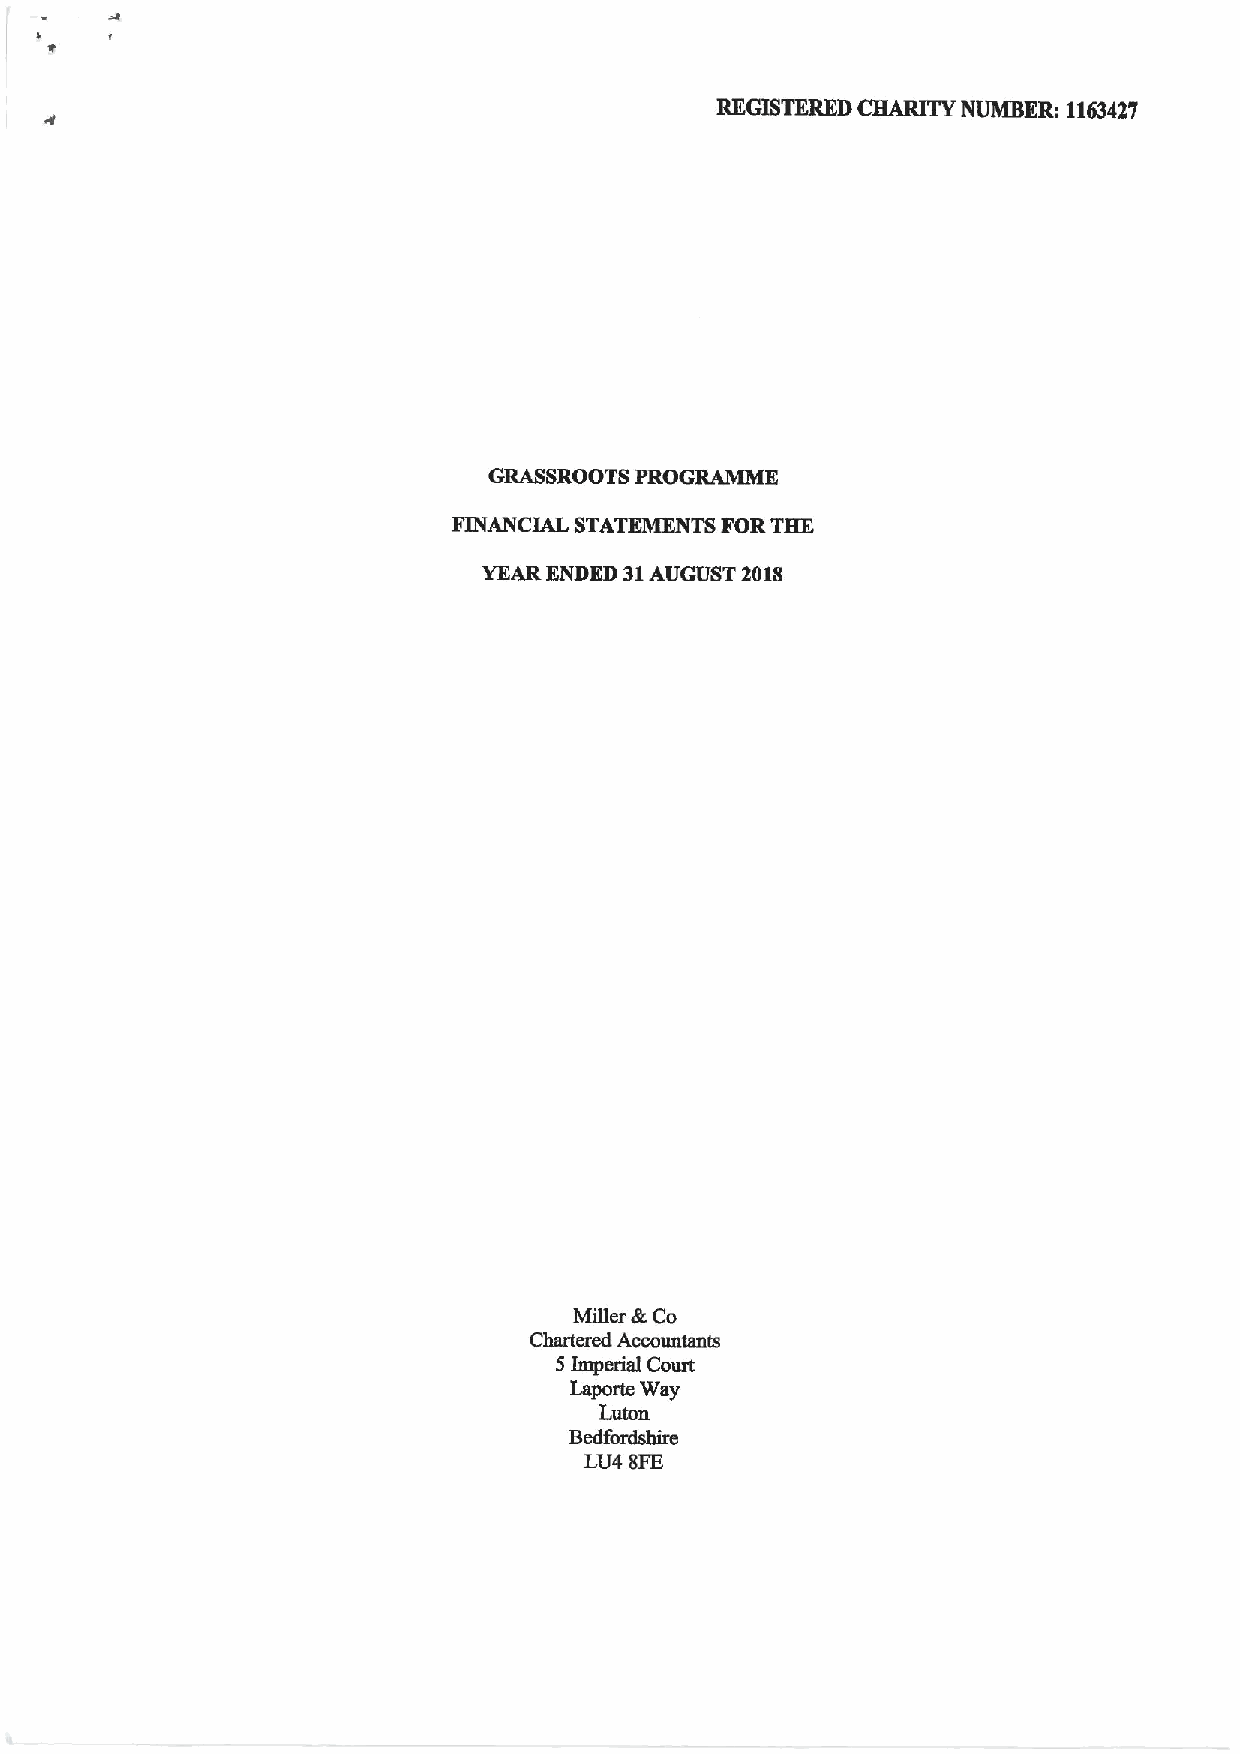
REGISTERED CHARITY NUMBER: 1163427
 GRASSROOTS PROGRAMME
 FINANCIAL STATEMENTS FORTHE
 YEARENDED 31AUGUST 2018
 Miller dt Co
 Chartered Accountants
 5Imperial Court
 Laporte Way
 Luton
 Bedfordshire
 LU4 8FE